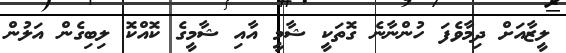
ލީޒާއަށް ދިމާވެފަ ހުންނާނެ ގޮތަކީ ޝާމީ އާއި ޝާމީގެ ކޮއްކޮ ލިބިގެން އަލުން